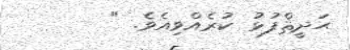
ޙަދީޘްފުޅު ކުރެއްވިއެވެ. "